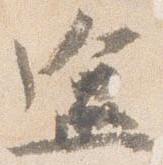
区